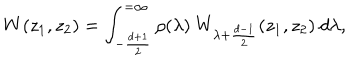
W ( z _ { 1 } , z _ { 2 } ) = \int _ { - { \frac { d + 1 } { 2 } } } ^ { = \infty } \rho ( \lambda ) \ W _ { \lambda + \frac { d - 1 } { 2 } } ( z _ { 1 } , z _ { 2 } ) \ d \lambda ,